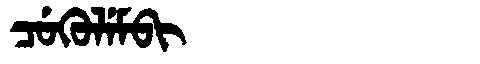
Manchu: ᠴᡠᡴᡠᠯᡝᠮᠪᡳ
Romanization: CUKULEMBI